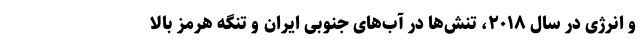
و انرژی در سال ۲۰۱۸، تنش‌ها در آب‌های جنوبی ایران و تنگه هرمز بالا